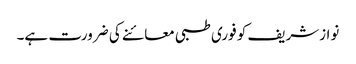
نوازشریف کو فوری طبی معائنے کی ضرورت ہے۔